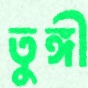
তুঙ্গী